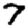
Digit: 7